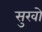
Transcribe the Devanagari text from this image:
सुखो